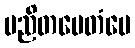
မညိတမေတံပေ